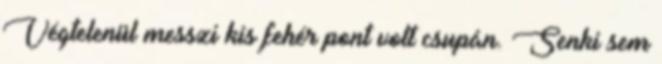
Végtelenül messzi kis fehér pont volt csupán. Senki sem